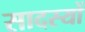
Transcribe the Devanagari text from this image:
सादस्यों